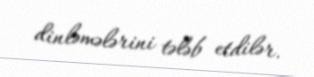
dinləmələrini tələb etdilər.